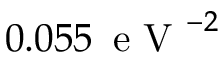
0 . 0 5 5 \, \mathrm { ~ e ~ V ~ } ^ { - 2 }